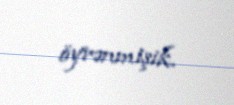
öyrənmişik.